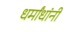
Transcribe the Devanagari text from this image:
धर्मांधांनी